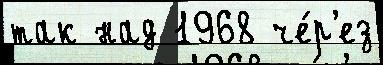
так над 1968 че́р'ез